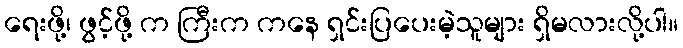
ရေးဖို့၊ ဖွင့်ဖို့ က ကြီးက ကနေ ရှင်းပြပေးမဲ့သူများ ရှိမလားလို့ပါ။